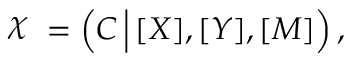
\begin{array} { r } { \raisebox { \depth } { \( \chi \) } = \left( C \, \Big | \, [ X ] , [ Y ] , [ M ] \right) , } \end{array}